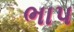
ભાપ